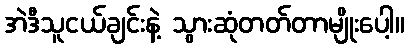
အဲဒီသူငယ်ချင်းနဲ့ သွားဆုံတတ်တာမျိုးပေါ့။